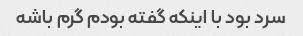
سرد بود با اینکه گفته بودم گرم باشه